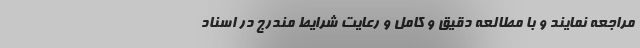
مراجعه نمایند و با مطالعه دقیق و کامل و رعایت شرایط مندرج در اسناد